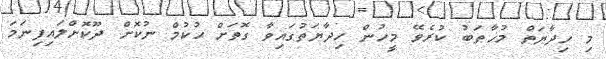
މި ހިދާޔަތް މުޚާޠަބު ކުރެވޭ މީހުން ހިދާޔަތުގައިވާ ގޮތަށް ޙުކުމް ނުކޮށް ދޫކޮށްލައިފިނަމަ